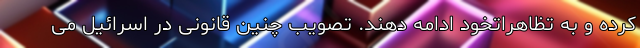
کرده و به تظاهراتخود ادامه دهند. تصویب چنین قانونی در اسرائیل می‌